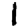
Digit: 1